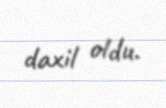
daxil oldu.